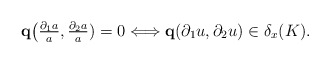
\begin{align*} \mathbf{q}\bigl(\tfrac{\partial_1a}{a},\tfrac{\partial_2a}{a})=0 \Longleftrightarrow \mathbf{q}(\partial_1u,\partial_2u)\in\delta_x(K).\end{align*}